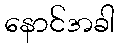
နောင်အခါ